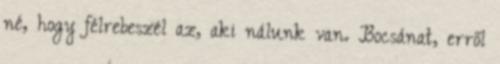
né, hogy félrebeszél az, aki nálunk van. Bocsánat, erről